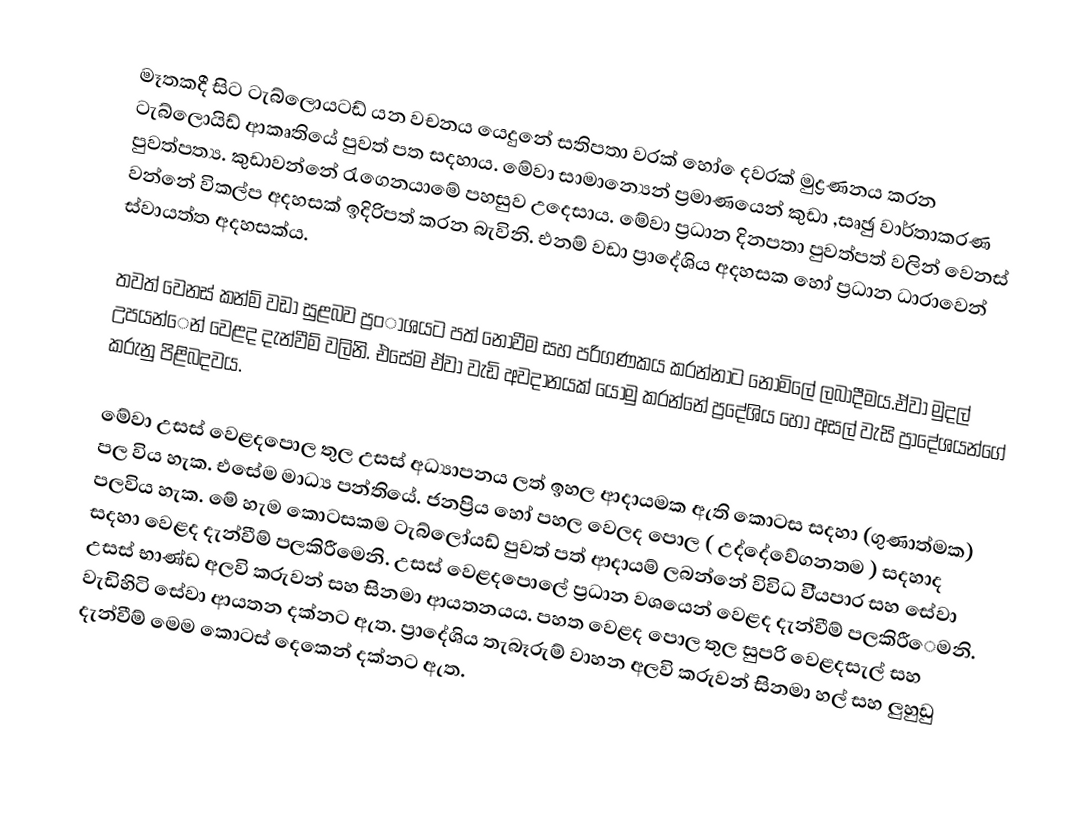
මෑතකදී සිට ටැබ්ලොයටඩ් යන වචනය යෙදුනේ සතිපතා වරක් හෝ ෙදවරක් මුද්‍රණනය කරන ටැබ්ලොයිඩ් ආකෘතියේ පුවත් පත සදහාය. මේවා සාමාන්‍යෙන් ප්‍රමාණයෙන් කුඩා ,සෘඡු වාර්තාකරණ පුවත්පත්‍ය. කුඩාවන්නේ රැගෙනයාමේ  පහසුව උදෙසාය. මේවා ප්‍රධාන දිනපතා පුවත්පත් වලින් වෙනස් වන්නේ විකල්ප අදහසක් ඉදිරිපත් කරන බැවිනි. එනම් වඩා ප්‍රාදේශිය අදහසක හෝ ප්‍රධාන ධාරාවෙන් ස්වායත්ත අදහසක්ය.

 තවත් වෙනස් කන්ම් වඩා සුළබව ප්‍රංාශයට පත් නොවීම සහ පරිගණකය කරන්නාට නොමිලේ ලබාදීමය.ඒවා මුදල් උපයන්ෙන් වෙළද දැන්වීම් වලිනි. එසේම ඒවා වැඩි අවදානයක් යොමු කරන්නේ ප්‍රදේශිය හෝ අසල් වැසි ප්‍රාදේශයන්ගේ කරුනු පිළිබදවය.

  මේවා උසස් වෙළදපොල තුල උසස් අධ්‍යාපනය ලත් ඉහල ආදායමක ඇති කොටස සදහා (ගුණාත්මක) පල විය හැක. එසේම මාධ්‍ය පන්තියේ. ජනප්‍රිය  හෝ පහල වෙලද පොල ( උද්දේවේගනතම ) සදහාද පලවිය හැක. මේ හැම කොටසකම ටැබ්ලෝ‍යඩ් පුවත් පත් ආදායම් ලබන්නේ විවිධ වි්‍යපාර සහ සේවා සදහා වෙළද දැන්වීම් පලකිරීමෙනි. උසස් වෙළදපොලේ  ප්‍රධාන වශයෙන් වෙළද දැන්වීම්  පලකිරීෙමනි. උසස් භාණ්ඩ අලවි කරුවන් සහ සිනමා ආයතනයය. පහත වෙළද පොල තුල සුපරි වෙළදසැල් සහ වැඩිහිටි සේවා ආයතන දක්නට ඇත. ප්‍රාදේශිය තැබෑරුම් වාහන අලවි කරුවන් සිනමා හල් සහ ලුහුඩු දැන්වීම් මෙම කොටස් දෙකෙන් දක්නට ඇත.